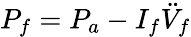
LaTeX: P_{f}=P_{a}-I_{f}\ddot{V}_{f}